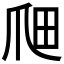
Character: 𤔉